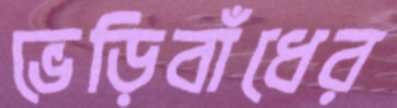
ভেড়িবাঁধের